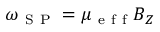
\omega _ { \mathrm { ~ S ~ P ~ } } = \mu _ { \mathrm { ~ e ~ f ~ f ~ } } B _ { Z }